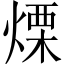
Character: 𤌣